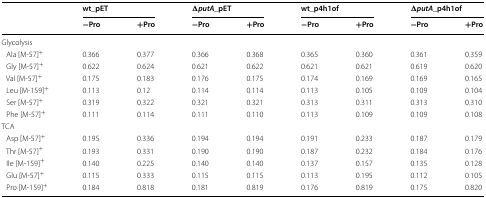
| <ROWSPAN=2>  | <COLSPAN=2> wt_pET | <COLSPAN=2> ΔputA_pET | <COLSPAN=2> wt_p4h1of | <COLSPAN=2> ΔputA_p4h1of |
 | −Pro | +Pro | −Pro | +Pro | −Pro | +Pro | −Pro | +Pro |
 | --- | --- | --- | --- | --- | --- | --- | --- | --- |
 | <COLSPAN=9> Glycolysis |
 | Ala [M-57]+ | 0.366 | 0.377 | 0.366 | 0.368 | 0.365 | 0.360 | 0.361 | 0.359 |
 | Gly [M-57]+ | 0.622 | 0.624 | 0.621 | 0.622 | 0.621 | 0.621 | 0.619 | 0.620 |
 | Val [M-57]+ | 0.175 | 0.183 | 0.176 | 0.175 | 0.174 | 0.169 | 0.169 | 0.165 |
 | Leu [M-159]+ | 0.113 | 0.12 | 0.114 | 0.114 | 0.113 | 0.105 | 0.109 | 0.104 |
 | Ser [M-57]+ | 0.319 | 0.322 | 0.321 | 0.321 | 0.313 | 0.311 | 0.313 | 0.310 |
 | Phe [M-57]+ | 0.111 | 0.114 | 0.111 | 0.110 | 0.113 | 0.109 | 0.109 | 0.108 |
 | <COLSPAN=9> TCA |
 | Asp [M-57]+ | 0.195 | 0.336 | 0.194 | 0.194 | 0.191 | 0.233 | 0.187 | 0.179 |
 | Thr [M-57]+ | 0.193 | 0.331 | 0.190 | 0.190 | 0.187 | 0.232 | 0.184 | 0.176 |
 | Ile [M-159]+ | 0.140 | 0.225 | 0.140 | 0.140 | 0.137 | 0.157 | 0.135 | 0.128 |
 | Glu [M-57]+ | 0.115 | 0.333 | 0.115 | 0.115 | 0.113 | 0.195 | 0.112 | 0.105 |
 | Pro [M-159]+ | 0.184 | 0.818 | 0.181 | 0.819 | 0.176 | 0.819 | 0.175 | 0.820 |